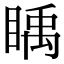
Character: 𥈋